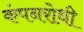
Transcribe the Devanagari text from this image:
कंपनरोधी